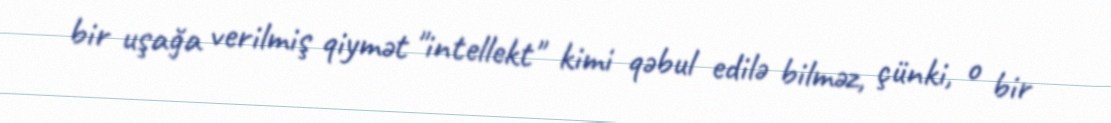
bir uşağa verilmiş qiymət "intellekt" kimi qəbul edilə bilməz, çünki, o bir